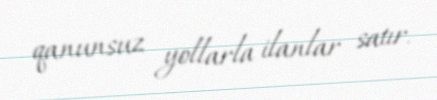
qanunsuz yollarla ilanlar satır.